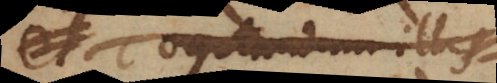
et cogitandum illis